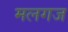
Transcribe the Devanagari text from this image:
मलगज